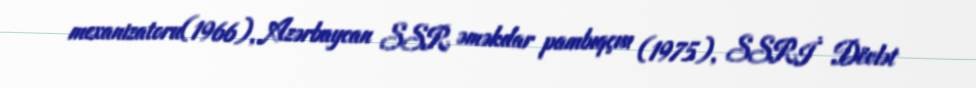
mexanizatoru(1966), Azərbaycan SSR əməkdar pambıqçısı (1975), SSRİ Dövlət